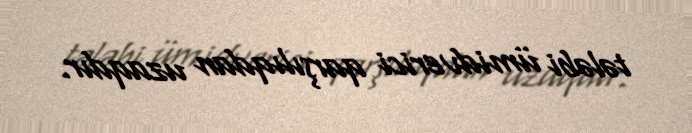
tələbi ümidverici qarşılıqdan uzaqdır.